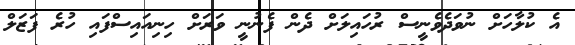
އެ ކުލާހަށް ނުވަދެވެނީސް ރުހައިލަށް ދެން ފެނުނީ ވަރަށް ހިނިއައިސްފައި ހުރެ ފަޒަލް